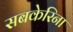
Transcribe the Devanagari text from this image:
सबकेरिना